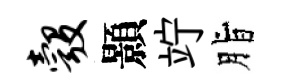
彀顥竚脂